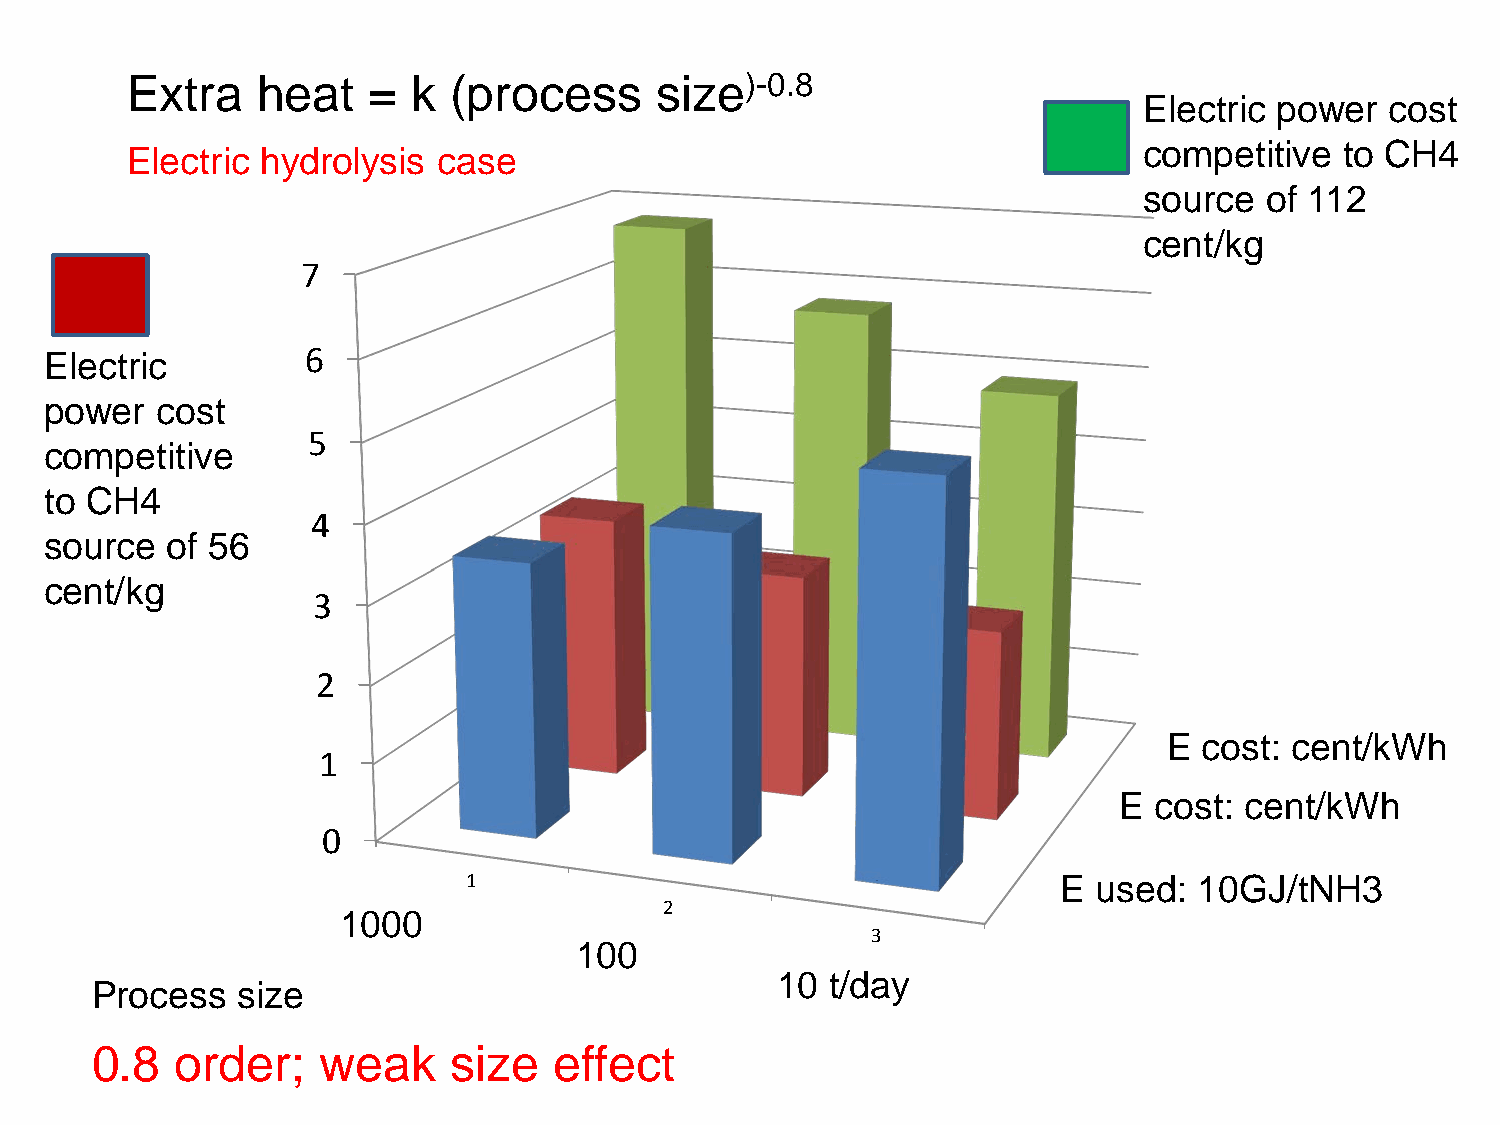
Extra    heat   =  k  (process     size)-0.8
 Electric power  cost
 competitive  to CH4
 Electric hydrolysis  case
 source  of 112
 cent/kg
 7
 6
 Electric
 power  cost
 5
 competitive
 to CH4
 4
 source  of 56
 cent/kg
 3
 2
 E  cost: cent/kWh
 1
 E cost: cent/kWh
 0
 1                                      E  used: 10GJ/tNH3
 2
 1000
 3
 100
 10  t/day
 Process   size
 0.8   order;   weak     size   effect